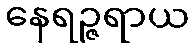
နေရဉ္ဇရာယ